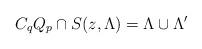
LaTeX: \begin{align*}C_q Q_p\cap S(z, \Lambda)=\Lambda\cup \Lambda'\end{align*}